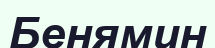
Бенямин